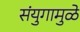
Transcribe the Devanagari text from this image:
संयुगामुळे